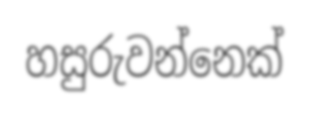
හසුරුවන්නෙක්